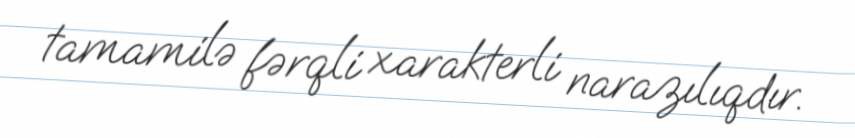
tamamilə fərqli xarakterli narazılıqdır.